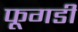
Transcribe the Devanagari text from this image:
फूगडी